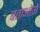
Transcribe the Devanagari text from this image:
बताओगे